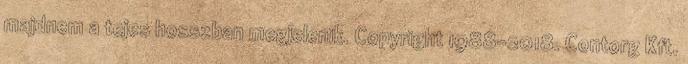
majdnem a tejes hosszban megjelenik. Copyright 1988-2018. Contorg Kft.